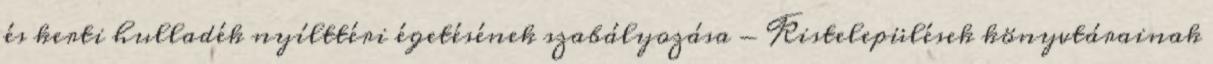
és kerti hulladék nyílttéri égetésének szabályozása - Kistelepülések könyvtárainak